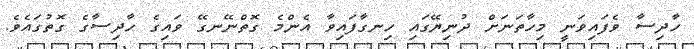
ހާދިސާ ވެފައިވަނީ މިހާތަނަށް ދުނިޔޭގައި ހިނގާފައިވާ އެންމެ ގޮތްނޭނގޭ ވައިގެ ހާދިސާގެ ގޮތުގައެވެ.